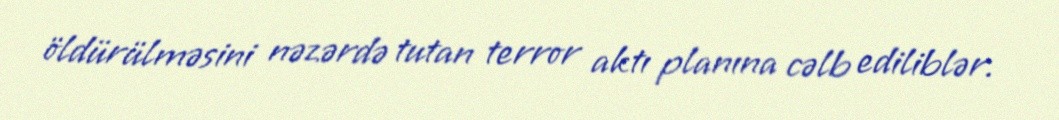
öldürülməsini nəzərdə tutan terror aktı planına cəlb ediliblər.